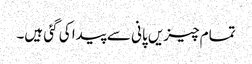
تمام چیزیں پانی سے پیدا کی گئی ہیں۔